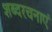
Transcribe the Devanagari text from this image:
शब्दरचनाएं